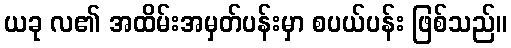
ယခု လ၏ အထိမ်းအမှတ်ပန်းမှာ စပယ်ပန်း ဖြစ်သည်။